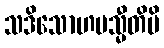
သဒိသောဟမသ္မီတိပိ